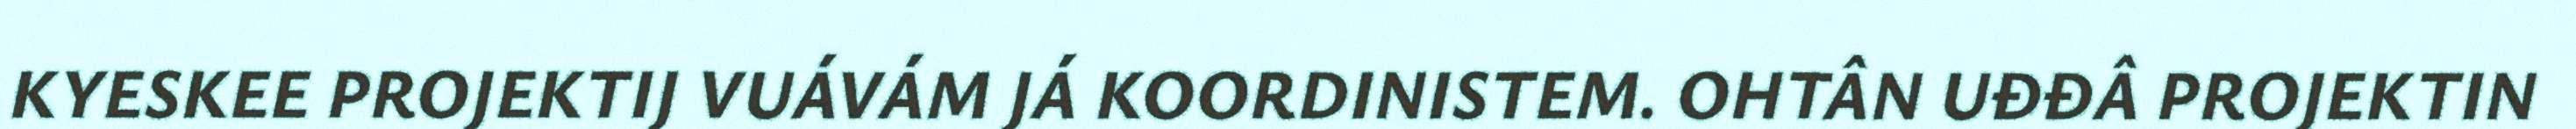
KYESKEE PROJEKTIJ VUÁVÁM JÁ KOORDINISTEM. OHTÂN UĐĐÂ PROJEKTIN